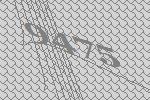
9475